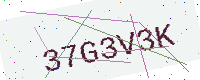
Text: 37G3V3K